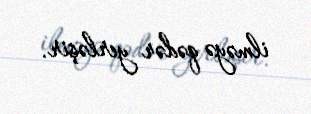
ilməyə qədər yerləşir.